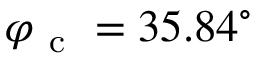
\varphi _ { \mathrm { ~ c ~ } } = 3 5 . 8 4 ^ { \circ }